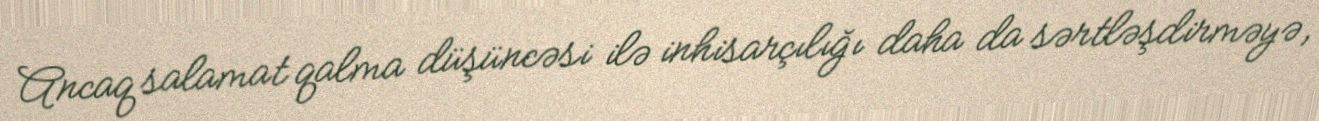
Ancaq salamat qalma düşüncəsi ilə inhisarçılığı daha da sərtləşdirməyə,